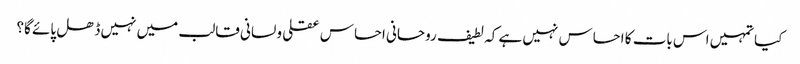
کیا تمہیں اس بات کا احساس نہیں ہے کہ لطیف روحانی احساس عقلی و لسانی قالب میں نہیں ڈھل پائے گا؟